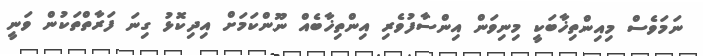
ނަމަވެސް މިއިންތިޚާބަކީ މިނިވަން އިންސާފުވެރި އިންތިޚާބެއް ނޫންކަމަށް އިދިކޮޅު ގިނަ ފަރާތްތަކުން ވަނީ